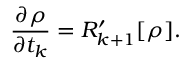
{ \frac { \partial \rho } { \partial t _ { k } } } = { \cal R } _ { k + 1 } ^ { \prime } [ \rho ] .